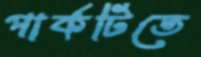
পার্কটিতে